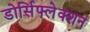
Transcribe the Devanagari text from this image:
डोर्सिफ्लेक्शन